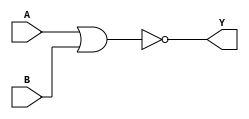
module NOR_gate_level(output Y, input A, B);

   nor(Y, A, B);  ////"nor" is a built-in primitive gate 
   
endmodule